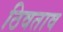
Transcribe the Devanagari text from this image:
ठिवताव